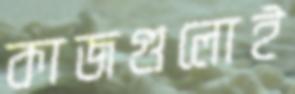
কাজগুলোই